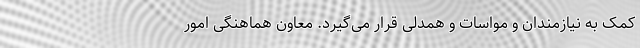
کمک به نیازمندان و مواسات و همدلی قرار می‌گیرد. معاون هماهنگی امور